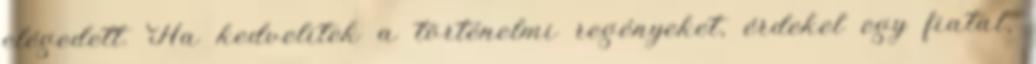
elégedett. Ha kedvelitek a történelmi regényeket, érdekel egy fiatal,